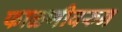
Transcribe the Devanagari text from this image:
फाळणीवरुन